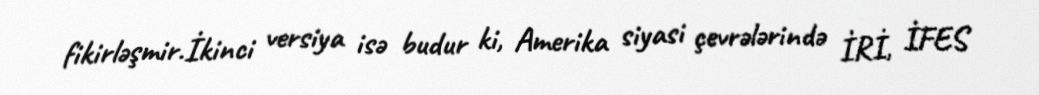
fikirləşmir.İkinci versiya isə budur ki, Amerika siyasi çevrələrində İRİ, İFES